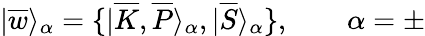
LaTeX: |\overline{{{w}}}\rangle_{\alpha}=\{ |\overline{{{K}}},\overline{{{P}}}\rangle_{\alpha},|\overline{{{S}}}\rangle_{\alpha}\} ,\qquad\alpha=\pm